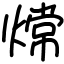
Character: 龦